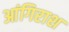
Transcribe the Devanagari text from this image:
आंगिराश